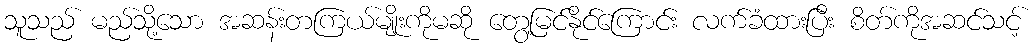
သူသည် မည်သို့သော အဆန်းတကြယ်မျိုးကိုမဆို တွေ့မြင်နိုင်ကြောင်း လက်ခံထားပြီး စိတ်ကိုအဆင်သင့်